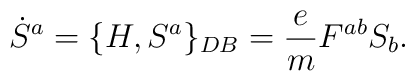
\dot S^a=\{H,S^a\}_{DB}={e\over m}F^{ab}S_b .